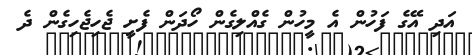
އަދި އޭގެ ފަހުން އެ މީހުން ގެއްލިގެން ހޯދަން ފެށީ ޖެހިޖެހިގެން ދެ